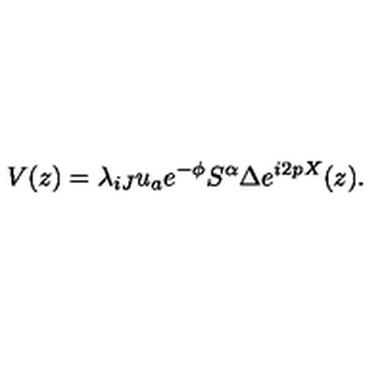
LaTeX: V ( z ) = \lambda _ { i J } u _ { a } e ^ { - \phi } { S ^ { \alpha } } \Delta e ^ { i 2 p X } ( z ) .